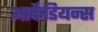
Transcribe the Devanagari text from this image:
आर्केडियन्स